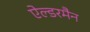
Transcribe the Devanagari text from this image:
ऐल्डरमैन